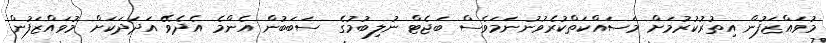
މުވައްޒަފުން އިތުރުކުރުމަށް މަސައްކަތްކުރެވުނުނަމަވެސް ބަޖެޓް ނުލިބުމުގެ ސަބަބުން އެންމެ އެދެވޭ އަދަދަކަށް މުވައްޒަފުން